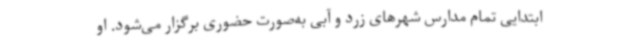
ابتدایی تمام مدارس شهرهای زرد و آبی به‌صورت حضوری برگزار می‌شود. او